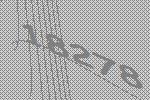
18278